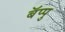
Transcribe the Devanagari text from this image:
बॅप्पु